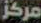
مركز